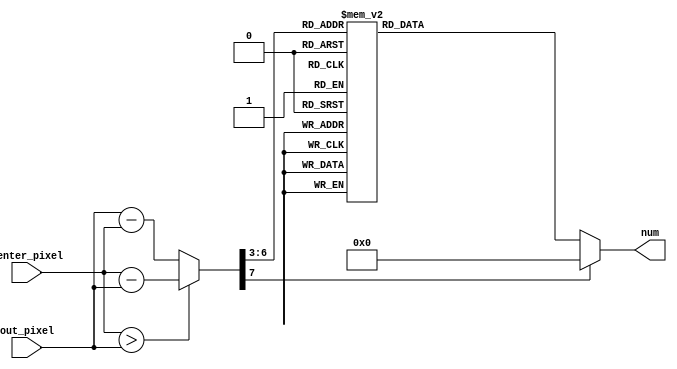
module gauss_kernel(
    input [7:0] center_pixel,
    input [7:0] out_pixel,
    output [4:0] num
);

// Always take the positive value
wire [7:0] diff_8 = (center_pixel > out_pixel) ? (center_pixel-out_pixel) : (out_pixel-center_pixel);

// Take the MSBs as we further quantize down.
wire [4:0] diff = diff_8[7:3];

// LUT implementation.
always @ (*) begin
    case(diff)
    5'b00000: num=5'd17;   // 0
    5'b00001: num=5'd17;   // 1
    5'b00010: num=5'd16;   // 2
    5'b00011: num=5'd15;   // 3
    5'b00100: num=5'd13;   // 4     
    5'b00101: num=5'd12;   // 5
    5'b00110: num=5'd10;   // 6
    5'b00111: num=5'd8;    // 7
    5'b01000: num=5'd6;    // 8
    5'b01001: num=5'd5;    // 9
    5'b01010: num=5'd4;    // 10
    5'b01011: num=5'd3;    // 11
    5'b01100: num=5'd2;    // 12     
    5'b01101: num=5'd1;    // 13
    5'b01110: num=5'd1;    // 14
    5'b01111: num=5'd0;    // 15
    default: num=5'd0;

    endcase
end

endmodule